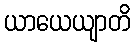
ယာယေယျာတိ